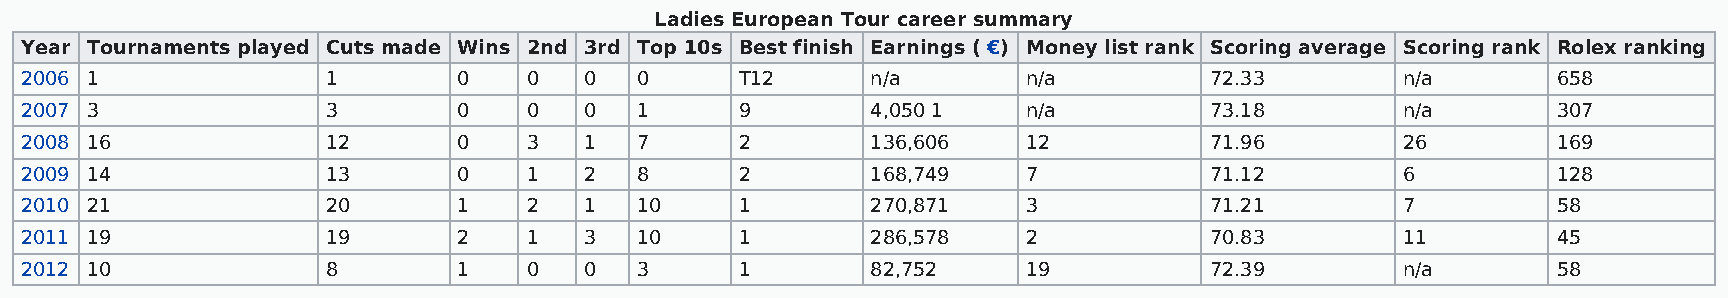
Ladies European Tour career summary
 Year Tournaments played Cuts made Wins 2nd 3rd Top 10s Best finish Earnings ( €) Money list rank Scoring average Scoring rank Rolex ranking
 2006 1               1       0    0   0  0      T12      n/a       n/a         72.33        n/a       658
 2007 3               3       0    0   0  1      9        4,050 1   n/a         73.18        n/a       307
 2008 16              12      0    3   1  7      2        136,606   12          71.96        26        169
 2009 14              13      0    1   2  8      2        168,749   7           71.12        6         128
 2010 21              20      1    2   1  10     1        270,871   3           71.21        7         58
 2011 19              19      2    1   3  10     1        286,578   2           70.83        11        45
 2012 10              8       1    0   0  3      1        82,752    19          72.39        n/a       58